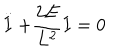
\stackrel { \cdot \cdot } { I } + \frac { 2 E } { L ^ { 2 } } I = 0